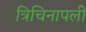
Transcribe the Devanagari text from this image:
त्रिचिनापली